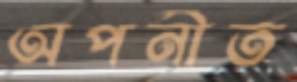
অপনীত